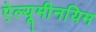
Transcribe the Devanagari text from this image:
ऐल्यूमीनयिम